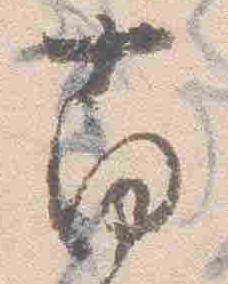
南